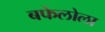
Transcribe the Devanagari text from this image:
बफेलोला